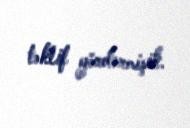
təklif göndərmişik.